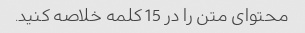
محتوای متن را در 15 کلمه خلاصه کنید.